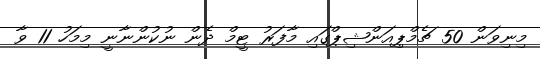
މިނިވަން 50 ޗެމްޕިއަންޝިޕްގައި މާފަރު ޓީމް ދެން ނުކުންނާނީ މިމަހު 11 ވާ